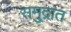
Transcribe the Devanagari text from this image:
समु्द्रात